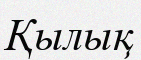
Қылық